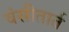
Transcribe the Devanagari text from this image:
वंसीतार्त